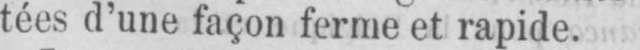
tées d’une façon ferme et rapide.